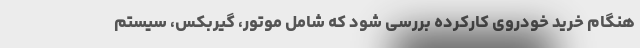
هنگام خرید خودروی کارکرده بررسی شود که شامل موتور، گیربکس، سیستم